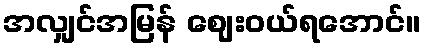
အလျှင်အမြန် ဈေးဝယ်ရအောင်။